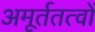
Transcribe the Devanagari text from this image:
अमूर्ततत्वों